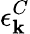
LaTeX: \epsilon_{\mathbf k}^{C}